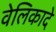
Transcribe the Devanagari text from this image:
वेलिकादे